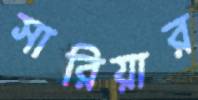
সারিয়ার